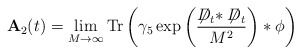
\begin{align*}{\bf A}_2(t) = \lim_{M \to \infty}{\rm Tr} \left( \gamma_5\exp\left(\frac{\not \!\!D_t * \not \!\!D_t}{M^2}\right) *\phi\right) \end{align*}